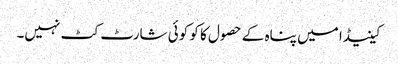
کینیڈا میں پناہ کے حصول کا کو کوئی شارٹ کٹ نہیں۔